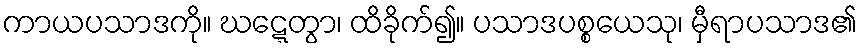
ကာယပသာဒကို။ ဃဋ္ဋေတွာ၊ ထိခိုက်၍။ ပသာဒပစ္စယေသု၊ မှီရာပသာဒ၏